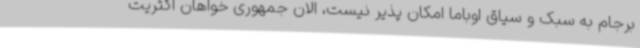
برجام به سبک و سیاق اوباما امکان پذیر نیست، الان جمهوری خواهان اکثریت